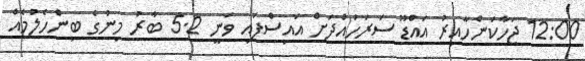
12:00 ޖަހާކަންހާއިރު އައްޑޫ ސަރަހައްދަށް އައިސްފައި ވަނީ 5.2 ބާރު މިނުގެ ބިންހެލުމެއް